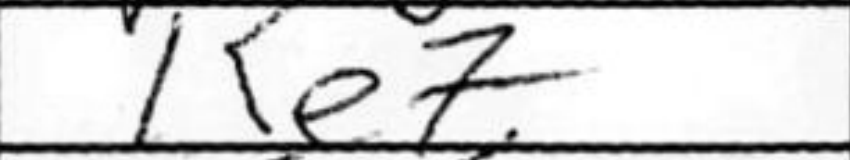
Transcription: Ke7